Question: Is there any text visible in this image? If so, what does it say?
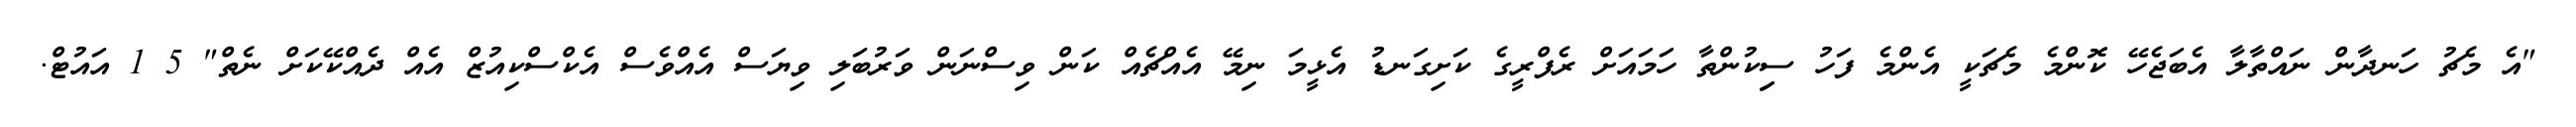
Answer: "އެ މެޗު ހަނދާން ނައްތާލާ އެބަޖެހޭ ކޮންމެ މެޗަކީ އެންމެ ފަހު ސިިކުންތާ ހަމައަށް ރެފްރީގެ ކަށިގަނޑު އެޅީމަ ނިމޭ އެއްޗެއް ކަން ވިސްނަން ވަރުބަލި ވިޔަސް އެއްވެސް އެކްސްކިއުޒް އެއް ދެއްކޭކަށް ނެތް" 5 1 އައުޓް.